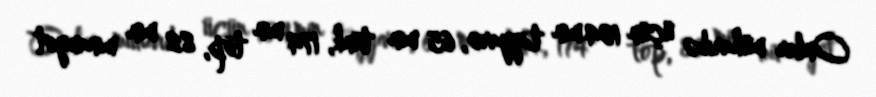
Onlar müharibə üçün 104 min təyyarə, 65 min tank, 174 min top, 82 min minamyot